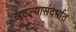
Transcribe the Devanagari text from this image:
खटल्यासंदर्भात